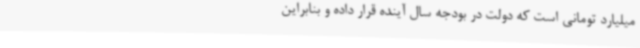
میلیارد تومانی است که دولت در بودجه سال آینده قرار داده و بنابراین